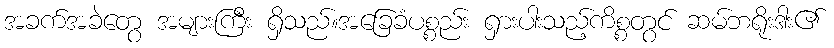
အခက်အခဲတွေ အများကြီး ရှိသည်။အခြေခံပစ္စည်း ရှားပါးသည့်ကိစ္စတွင် ဆမ်ဘရိုးဒါး၏